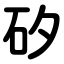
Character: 矽